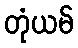
တုံယမ်